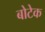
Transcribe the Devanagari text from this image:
बोटेक